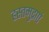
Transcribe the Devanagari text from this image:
हस्तमुद्राएं